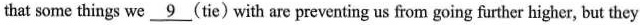
that some things we \underline{9} (tie) with are preventing us from going further higher, but they